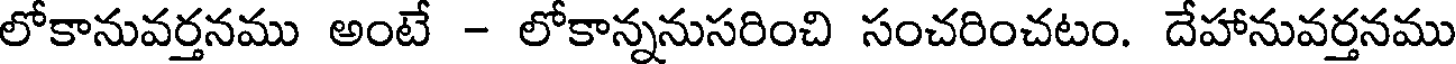
లోకానువర్తనము అంటే - లోకాన్ననుసరించి సంచరించటం. దేహానువర్తనము